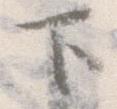
下